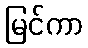
မြင်ကာ